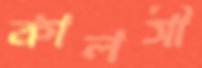
কালসী